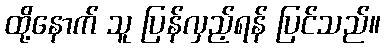
ထို့နောက် သူ ပြန်လှည့်ရန် ပြင်သည်။